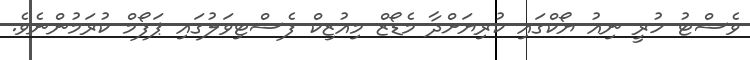
ވެސްޓު ހުރީ ނިއު ޔޯކްގައި ކުރިޔަށްދާ މެޑޯޒް މިއުޒިކް ފެސްޓިވަލުގައި ޕަފޯމް ކުރަމުންނެވެ.